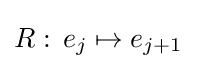
R:\,e_{j}\mapsto e_{j+1}